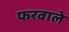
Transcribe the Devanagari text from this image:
फरवाले